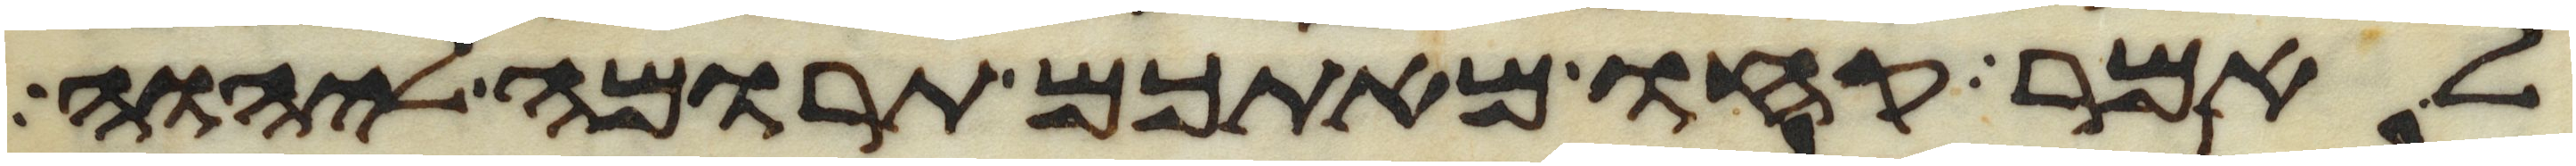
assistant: לאמר קחו מאתכם תרומה ליהוה